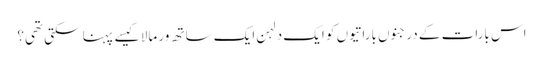
اس بارات کے درجنوں باراتیوں کو ایک دلہن ایک ساتھ ور مالا کیسے پہنا سکتی تھی؟